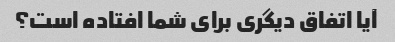
آیا اتفاق دیگری برای شما افتاده است؟